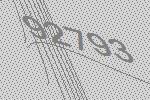
92793